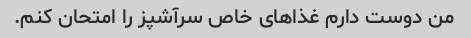
من دوست دارم غذاهای خاص سرآشپز را امتحان کنم.